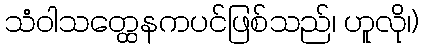
သံဝါသတ္ထေနကပင်ဖြစ်သည်၊ ဟူလို၊)